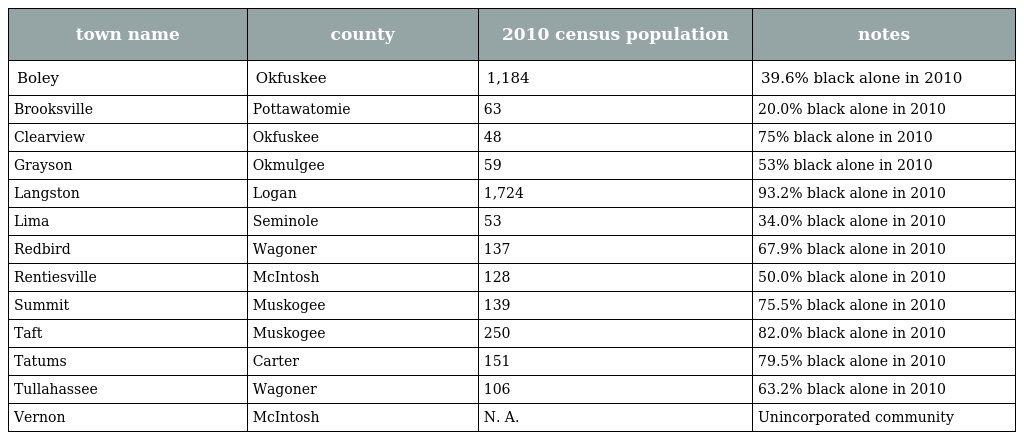
| town name | county | 2010 census population | notes |
 | --- | --- | --- | --- |
 | Boley | Okfuskee | 1,184 | 39.6% black alone in 2010 |
 | Brooksville | Pottawatomie | 63 | 20.0% black alone in 2010 |
 | Clearview | Okfuskee | 48 | 75% black alone in 2010 |
 | Grayson | Okmulgee | 59 | 53% black alone in 2010 |
 | Langston | Logan | 1,724 | 93.2% black alone in 2010 |
 | Lima | Seminole | 53 | 34.0% black alone in 2010 |
 | Redbird | Wagoner | 137 | 67.9% black alone in 2010 |
 | Rentiesville | McIntosh | 128 | 50.0% black alone in 2010 |
 | Summit | Muskogee | 139 | 75.5% black alone in 2010 |
 | Taft | Muskogee | 250 | 82.0% black alone in 2010 |
 | Tatums | Carter | 151 | 79.5% black alone in 2010 |
 | Tullahassee | Wagoner | 106 | 63.2% black alone in 2010 |
 | Vernon | McIntosh | N. A. | Unincorporated community |